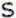
S